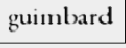
guimbard